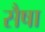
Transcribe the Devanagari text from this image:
सैषा